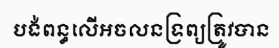
បង់ពន្ធលើអចលនទ្រព្យត្រូវបាន